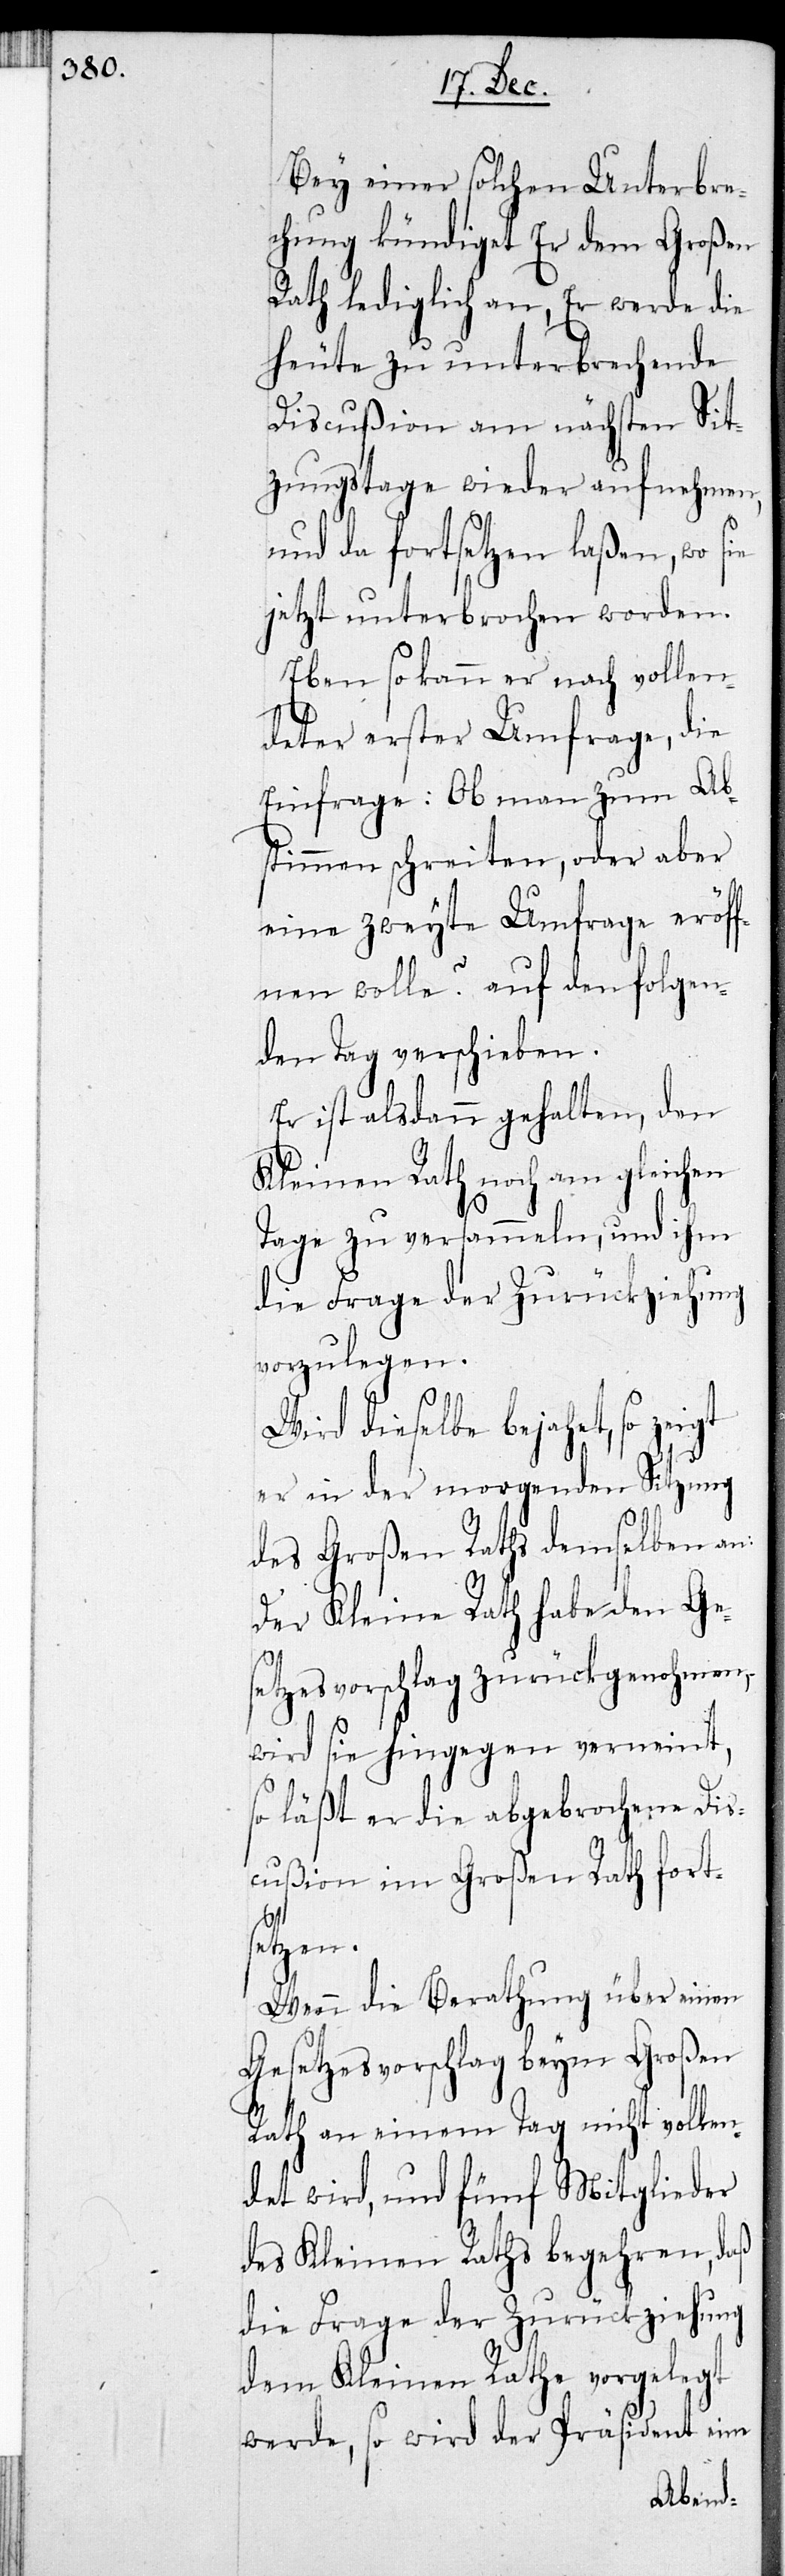
Bey einer solchen Unterbre¬
chung kündiget er dem Großen
Rath lediglich an, er werde die
heute zu unterbrechende
Discußion am nächsten Sit¬
zungstage wieder aufnehmen
und da fortsetzen laßen, wo sie
jetzt unterbrochen worden.
Eben so kann er nach vollen¬
deter erster Umfrage, die
Einfrage: Ob man zum Ab¬
stimmen schreiten, oder aber
eine zweyte Umfrage eröf¬
fnen wolle? auf den folgen¬
den Tag verschieben.
Er ist alsdann gehalten, den
Kleinen Rath noch am gleichen
Tage zu versammeln, und ihm
die Frage der Zurückziehung
vorzulegen.
Wird dieselbe bejaht, so zeigt
er in der morgenden Sitzung
des Großen Raths demselben an:
Der Kleine Rath habe den Ge¬
setzesvorschlag zurückgenohmen,
wird sie hingegen verneint,
so läßt er die abgebrochene Disc¬
ußion im Großen Rath forts¬
etzen.
Wenn die Berathung über einen
Gesetzesvorschlag beym Großen
Rath an einem Tag nicht vollen¬
det wird, und fünf Mitglieder
des Kleinen Raths begehren, daß
die Frage der Zurückziehung
dem Kleinen Rathe vorgelegt
werde, so wird der Präsident eine